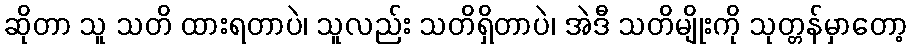
ဆိုတာ သူ သတိ ထားရတာပဲ၊ သူလည်း သတိရှိတာပဲ၊ အဲဒီ သတိမျိုးကို သုတ္တန်မှာတော့